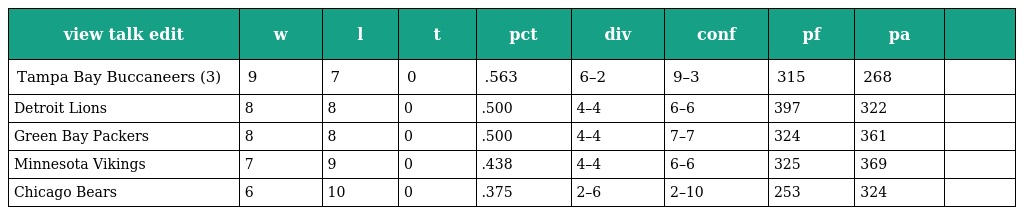
| view talk edit | w | l | t | pct | div | conf | pf | pa |  |
 | --- | --- | --- | --- | --- | --- | --- | --- | --- | --- |
 | Tampa Bay Buccaneers (3) | 9 | 7 | 0 | .563 | 6–2 | 9–3 | 315 | 268 |  |
 | Detroit Lions | 8 | 8 | 0 | .500 | 4–4 | 6–6 | 397 | 322 |  |
 | Green Bay Packers | 8 | 8 | 0 | .500 | 4–4 | 7–7 | 324 | 361 |  |
 | Minnesota Vikings | 7 | 9 | 0 | .438 | 4–4 | 6–6 | 325 | 369 |  |
 | Chicago Bears | 6 | 10 | 0 | .375 | 2–6 | 2–10 | 253 | 324 |  |